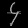
Digit: ၄